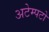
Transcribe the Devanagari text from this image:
अटेम्पटो